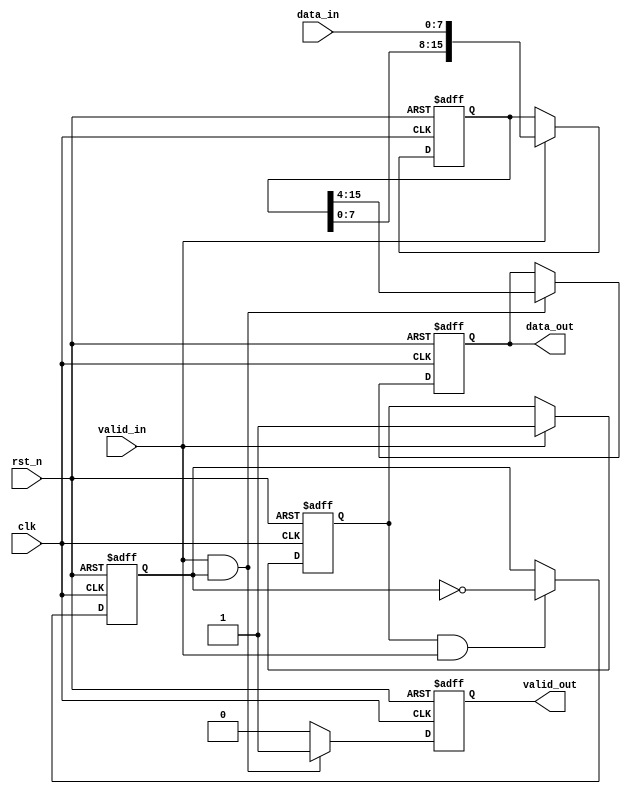
`timescale 1ns/1ns

module width_8to12(
	input 				  clk 		,   
	input 			      rst_n		,
	input				  valid_in	,
	input	[7:0]	      data_in	,

    output  reg			 valid_out,
    output  reg [11:0]   data_out
);

reg         work_en;
always @(posedge clk or negedge rst_n) begin
    if(!rst_n)
        work_en <= 1'b0;
    else if(valid_in)
        work_en <= 1'b1;
end

reg         valid_flag;
always @(posedge clk or negedge rst_n) begin
    if(!rst_n)
        valid_flag <= 1'b0;
    else if(work_en && valid_in)
        valid_flag <= ~valid_flag;
    else
        valid_flag <= valid_flag;
end

reg     [15:0]  data_reg;
always @(posedge clk or negedge rst_n) begin
    if(!rst_n)
        data_reg <= 24'd0;
    else if(valid_in)
        data_reg <= {data_reg[16:0],data_in};
    else
        data_reg <= data_reg;
end

always @(posedge clk or negedge rst_n) begin
    if(!rst_n)
        data_out <= 'd0;
    else if(valid_in && valid_flag)
        data_out <= data_reg[15:4];
end

always @(posedge clk or negedge rst_n) begin
    if(!rst_n)
        valid_out <= 'd0;
    else if(valid_in && valid_flag)
        valid_out <= 1'b1;
    else
        valid_out <= 1'b0;
end

endmodule